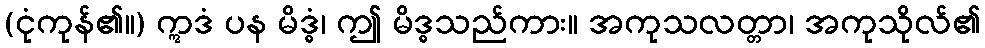
(ငုံကုန်၏။) ဣဒံ ပန မိဒ္ဓံ၊ ဤ မိဒ္ဓသည်ကား။ အကုသလတ္တာ၊ အကုသိုလ်၏